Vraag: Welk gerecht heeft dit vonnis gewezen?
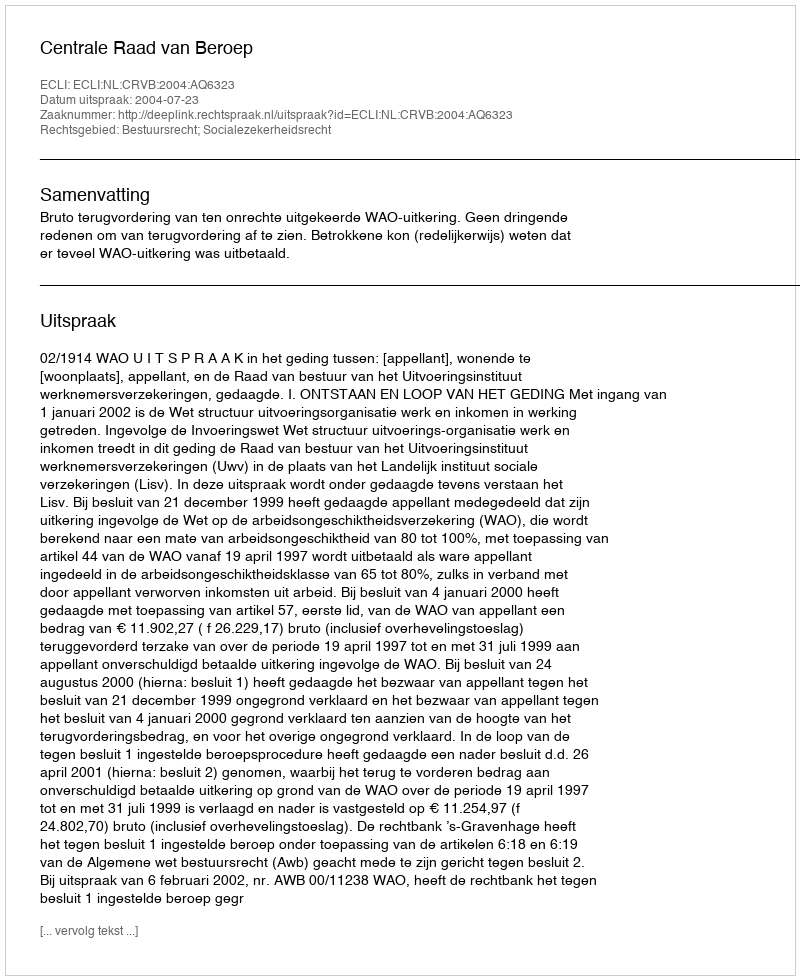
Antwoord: Centrale Raad van Beroep